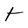
Character: t